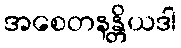
အစေတနန္တိယဒါ